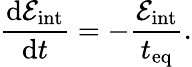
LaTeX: \frac{\mathrm{d}\mathcal{E}_{\mathrm{int}}}{\mathrm{d}t}=-\frac{\mathcal{E}_{\mathrm{int}}}{t_{\mathrm{eq}}}.